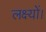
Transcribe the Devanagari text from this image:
लक्ष्यों।